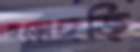
হুড়োহুড়ি